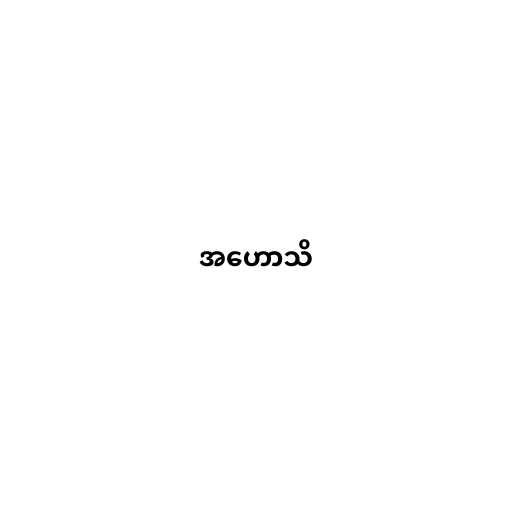
အဟောသိ